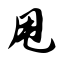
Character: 甩